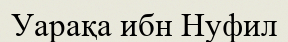
Уарақа ибн Нуфил